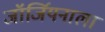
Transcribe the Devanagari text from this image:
जॉर्जियनाला